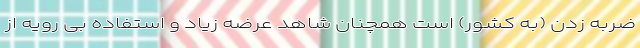
ضربه زدن (به کشور) است همچنان شاهد عرضه زیاد و استفاده بی رویه از